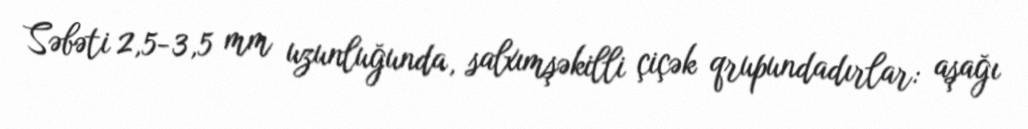
Səbəti 2,5-3,5 mm uzunluğunda, salxımşəkilli çiçək qrupundadırlar: aşağı